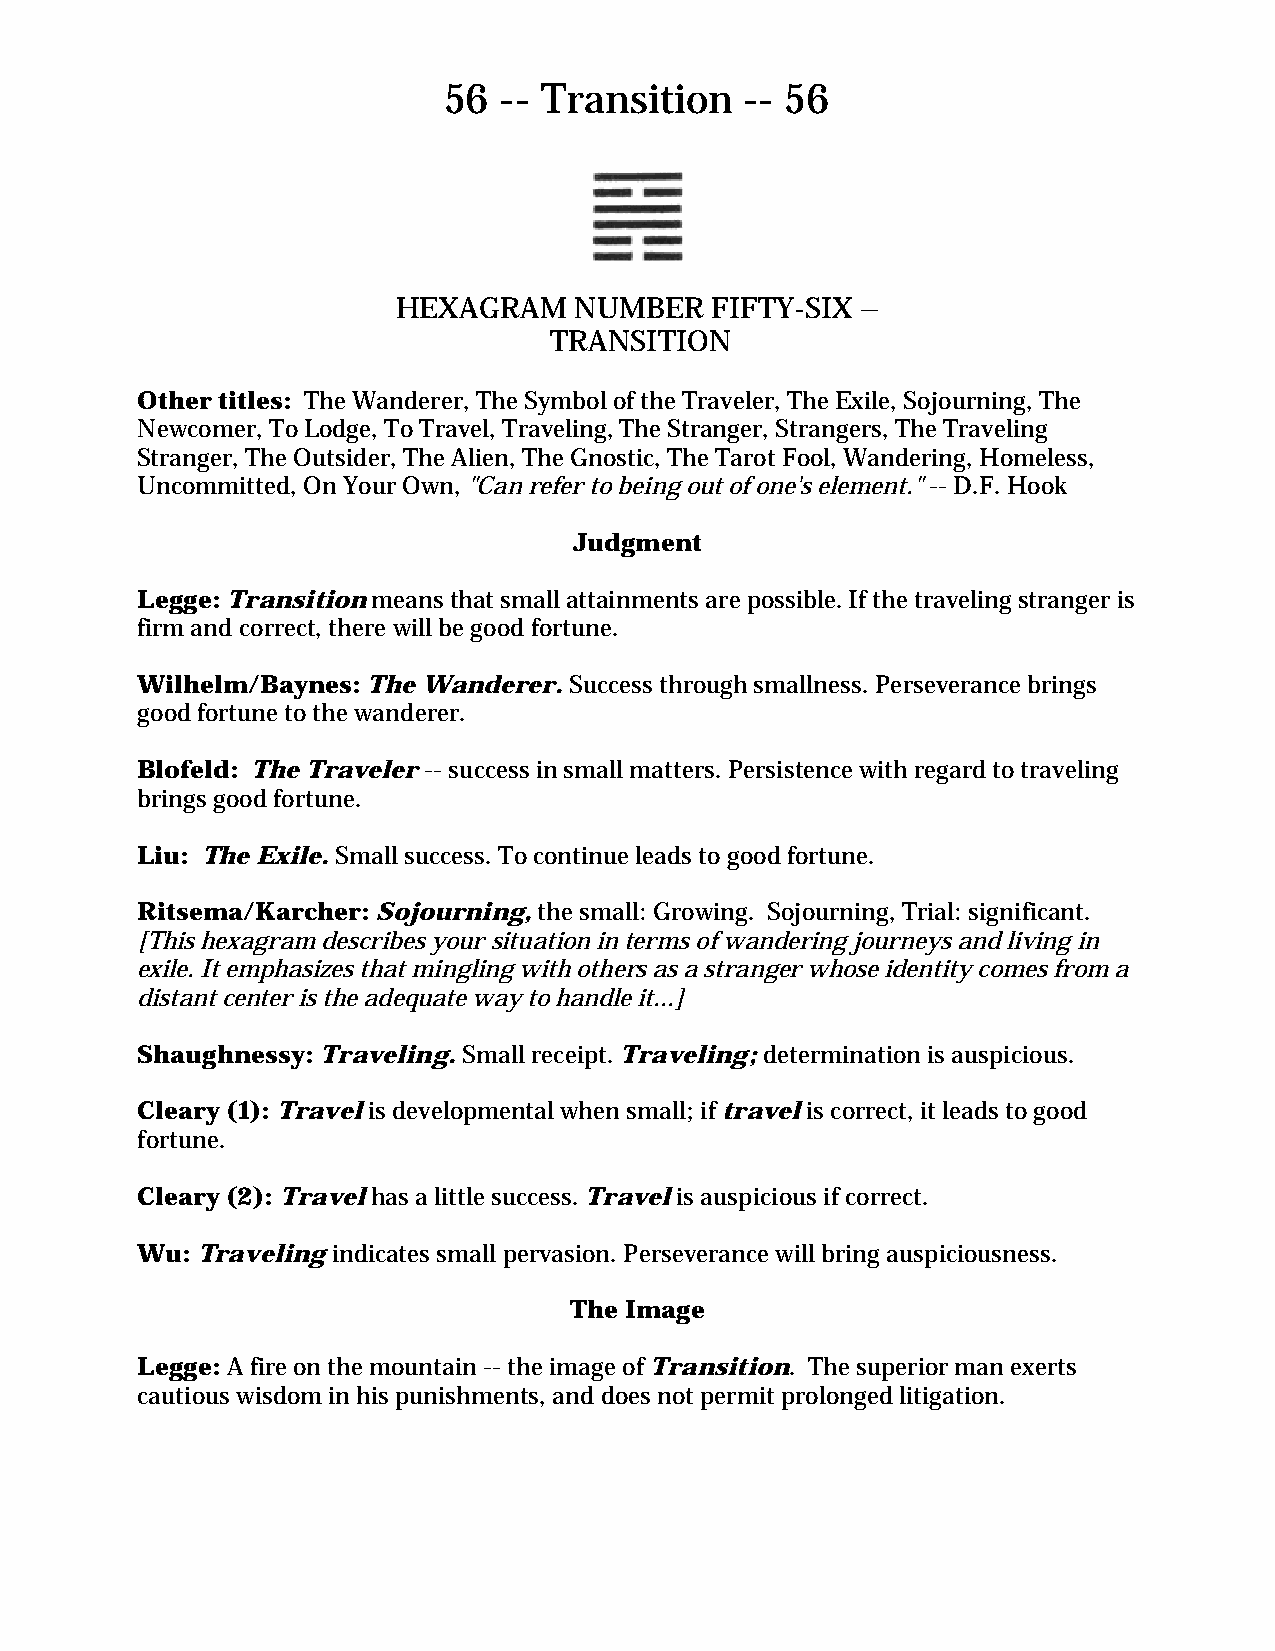
56  -- Transition   -- 56
 HEXAGRAM    NUMBER   FIFTY-SIX –
 TRANSITION
 Other titles: The Wanderer, The Symbol of the Traveler, The Exile, Sojourning, The
 Newcomer, To Lodge, To Travel, Traveling, The Stranger, Strangers, The Traveling
 Stranger, The Outsider, The Alien, The Gnostic, The Tarot Fool, Wandering, Homeless,
 Uncommitted, On Your Own, "Can refer to being out of one's element." -- D.F. Hook
 Judgment
 Legge: Transition means that small attainments are possible. If the traveling stranger is
 firm and correct, there will be good fortune.
 Wilhelm/Baynes: The Wanderer. Success through smallness. Perseverance brings
 good fortune to the wanderer.
 Blofeld: The Traveler -- success in small matters. Persistence with regard to traveling
 brings good fortune.
 Liu: The Exile. Small success. To continue leads to good fortune.
 Ritsema/Karcher: Sojourning, the small: Growing. Sojourning, Trial: significant.
 [This hexagram describes your situation in terms of wandering journeys and living in
 exile. It emphasizes that mingling with others as a stranger whose identity comes from a
 distant center is the adequate way to handle it...]
 Shaughnessy: Traveling. Small receipt. Traveling; determination is auspicious.
 Cleary (1): Travel is developmental when small; if travel is correct, it leads to good
 fortune.
 Cleary (2): Travel has a little success. Travel is auspicious if correct.
 Wu: Traveling indicates small pervasion. Perseverance will bring auspiciousness.
 The Image
 Legge: A fire on the mountain -- the image of Transition. The superior man exerts
 cautious wisdom in his punishments, and does not permit prolonged litigation.